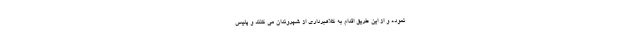
نموده و از این طریق اقدام به کلاهبرداری از شهروندان می کنند و پلیس